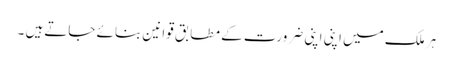
ہر ملک میں اپنی اپنی ضرورت کے مطابق قوانین بنائے جاتےہیں ۔